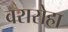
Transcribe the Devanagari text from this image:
वरारोहा